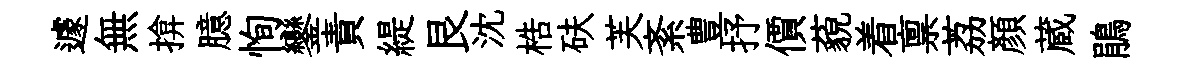
遽無揜臆恂鑾責緹艮沈梏砆芙紊豊抒價藐着禀荔顔蔵鵑